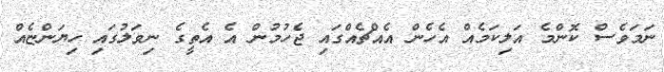
ނަމަވެސް ކޮންމެ އަލިކަމެއް އެހެން އެއްޗެއްގައި ޖެހުމުން އެ އެތީގެ ނިވަލުގައި ހިޔަންޏެއް